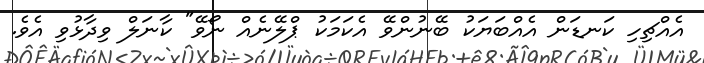
އެއްޗިހި ކަނޑަން އެއްބަޔަކު ބޭނުންވޭ އެކަމަކު ޕްލޭނެއް ނޯވޭ" ކާނަލް ވިދާޅުވި އެވެ.